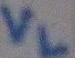
Text: VL